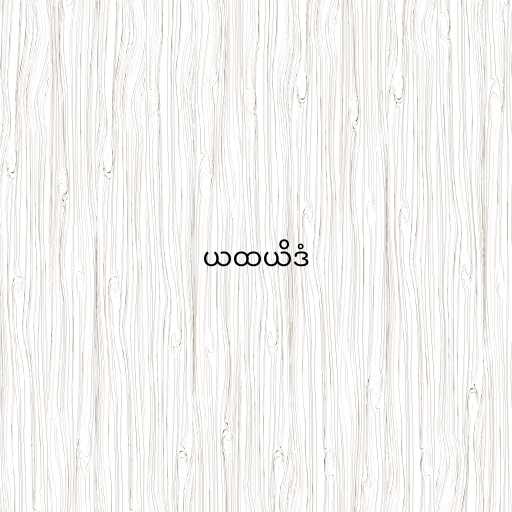
ယထယိဒံ